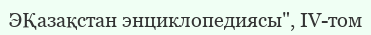
ЭҚазақстан энциклопедиясы", ІV-том